Vaccination in Bombay 1889-1901 - 1889-1901
Year: 1889
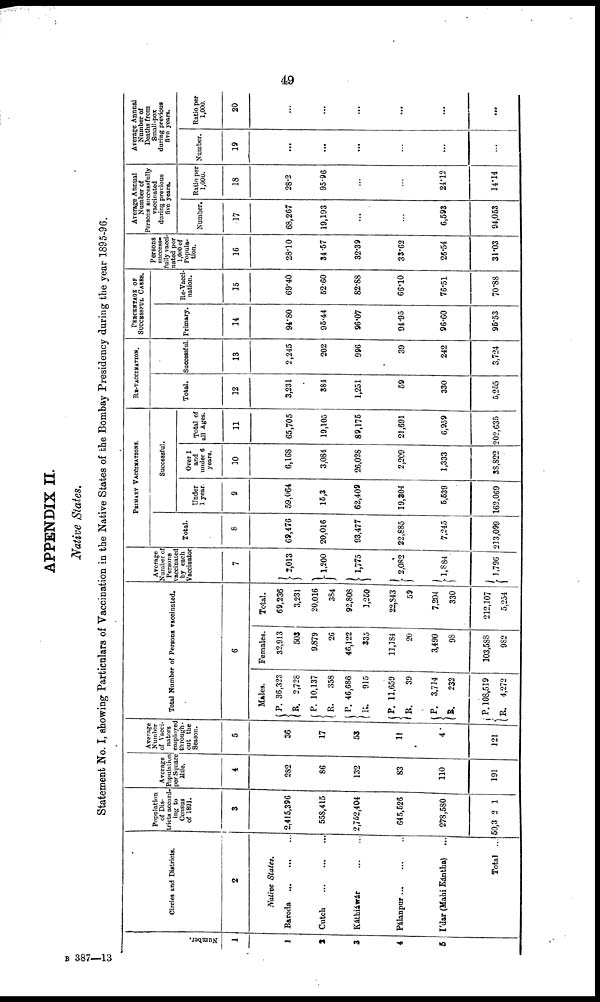
49
APPENDIX II.
Native States.
Statement No. I, showing Particulars of Vaccination in the Native States of the Bombay Presidency during the year 1895-96.
Number.
1
1
2
3
4
5
Circles and Districts.
2
Native States.
Baroda
...
...
...
Cutch...
...
...
Káthiáwár
...
...
Pálanpur... ... ...
I'dar (Mahi Kántha) ...
Total ...
Population
of Dis-
tricts accord¬
ing to
Census
of 1891.
3
2,415,396
558,415
2,752,404
645,526
278,580
50,321
Average
Population
per Square
Mile.
4
282
86
132
83
110
191
Average
Number
of Vacci¬
nators
employed
through-
out the
Season.
5
36
17
53
11
4
121
Total Number of Persons vaccinated.
6
Males.
P.
R.
P.
R.
P.
R.
P.
R.
P.
R.
P.
R.
36,323
2,728
10,137
358
46,686
915
11,659
39
3,714
232
108,519
4,272
Females.
32,913
503
9,879
26
46,122
335
11,184
20
3,490
98
103,588
982
Total.
69,236
3,2311
20,016
384
92,808
1,250
22,843
59
7,204
330
212,107
5,254
Average
Number of
Persons
vaccinated
by each
Vaccinator
7
2,013
1,200
1,775
2,082
1,884
1,796
PRIMARY VACCINATIONS.
Total.
8
69,476
20,016
93,477
22,885
7,245
213,099
Successful.
Under
1 year.
9
59,064
15,3
62,409
19,304
5,539
162,069
Over 1
and
under 6
years.
10
6,168
3,084
26,028
2,209
1,333
38,822
Total of
all Ages.
11
65,705
19,105
89,175
21,691
6,959
202,635
RE-VACCINATION.
Total.
12
3,231
384
1,251
59
330
5,255
Successful.
13
2,245
202
996
39
242
3,724
PERCENTAGE OF
SUCCESSFUL CASES.
Primary.
14
94.80
95.44
96.07
94.95
96.60
95.53
Re-Vacci-
nation.
15
69.40
52.60
82.88
66.10
76.51
70.88
Persons
success-
fully vacci-
nated per
1,000 of
Popula-
tion.
16
28.10
34.57
32.39
33.62
26.54
31.03
Average Annual
Number of
Persons successfully
vaccinated
during previous
five years.
Number.
17
68,267
19,193
...
...
6,593
94,053
Ratio per
1,000.
18
28.2
95.96
...
...
24.12
14.14
Average Annual
Number of
Deaths from
Small-pox
during previous
five years.
Number.
19
...
...
...
...
...
...
Ratio per
1,000.
20
...
...
...
...
...
...
B 387—13